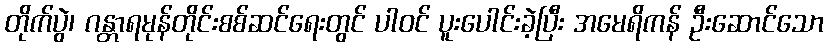
တိုက်ပွဲ၊ ဂန္တာရမုန်တိုင်းစစ်ဆင်ရေးတွင် ပါဝင် ပူးပေါင်းခဲ့ပြီး အမေရိကန် ဦးဆောင်သော